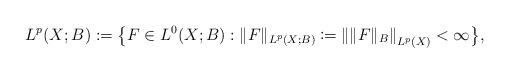
LaTeX: \begin{align*}L^{p}(X;B):=\big\{F\in L^0(X;B):\|F\|_{L^{p}(X;B)} \coloneqq \left\|\|F\|_B\right\|_{L^{p}(X)}<\infty\big\},\end{align*}